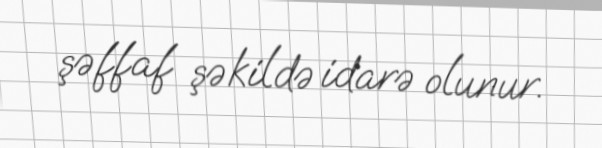
şəffaf şəkildə idarə olunur.